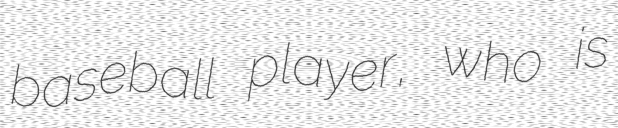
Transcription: baseball player, who is